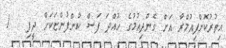
އިތުރުކޮށްފިއުމްރާ އަށް ގެންދިއުމުގެ ހުއްދަ ފަސް ކުންފުންޏަކަށް ދީފި   !